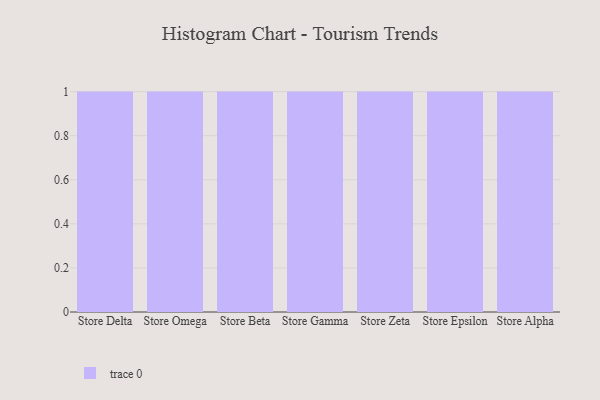
{"axis": {"x": "Store", "y": "Shipments"}, "legend": [""], "data": [{"x": "Store Delta", "y": 32, "type": ""}, {"x": "Store Omega", "y": 8, "type": ""}, {"x": "Store Beta", "y": 40, "type": ""}, {"x": "Store Gamma", "y": 89, "type": ""}, {"x": "Store Zeta", "y": 45, "type": ""}, {"x": "Store Epsilon", "y": 40, "type": ""}, {"x": "Store Alpha", "y": 4, "type": ""}]}